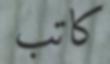
كاتب